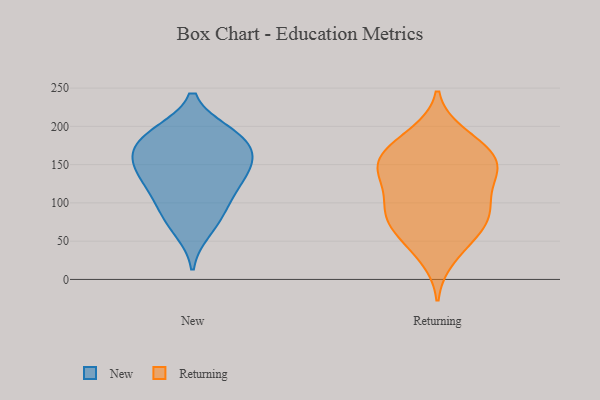
{"axis": {"x": "Humidity (%)", "y": "Value"}, "legend": ["New", "Returning"], "data": [{"x": "", "y": 146, "type": "New"}, {"x": "", "y": 171, "type": "New"}, {"x": "", "y": 128, "type": "New"}, {"x": "", "y": 78, "type": "New"}, {"x": "", "y": 152, "type": "New"}, {"x": "", "y": 192, "type": "New"}, {"x": "", "y": 157, "type": "New"}, {"x": "", "y": 64, "type": "New"}, {"x": "", "y": 148, "type": "New"}, {"x": "", "y": 178, "type": "New"}, {"x": "", "y": 188, "type": "New"}, {"x": "", "y": 192, "type": "New"}, {"x": "", "y": 93, "type": "New"}, {"x": "", "y": 111, "type": "New"}, {"x": "", "y": 118, "type": "New"}, {"x": "", "y": 157, "type": "Returning"}, {"x": "", "y": 96, "type": "Returning"}, {"x": "", "y": 190, "type": "Returning"}, {"x": "", "y": 143, "type": "Returning"}, {"x": "", "y": 91, "type": "Returning"}, {"x": "", "y": 141, "type": "Returning"}, {"x": "", "y": 116, "type": "Returning"}, {"x": "", "y": 139, "type": "Returning"}, {"x": "", "y": 73, "type": "Returning"}, {"x": "", "y": 46, "type": "Returning"}, {"x": "", "y": 91, "type": "Returning"}, {"x": "", "y": 183, "type": "Returning"}, {"x": "", "y": 93, "type": "Returning"}, {"x": "", "y": 142, "type": "Returning"}, {"x": "", "y": 66, "type": "Returning"}, {"x": "", "y": 64, "type": "Returning"}, {"x": "", "y": 152, "type": "Returning"}, {"x": "", "y": 28, "type": "Returning"}, {"x": "", "y": 177, "type": "Returning"}, {"x": "", "y": 161, "type": "Returning"}]}